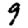
Digit: 9